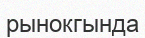
рынокгында